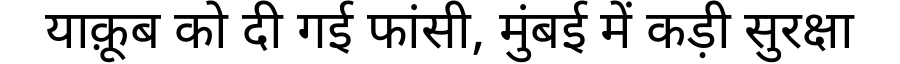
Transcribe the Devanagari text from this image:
याक़ूब को दी गई फांसी, मुंबई में कड़ी सुरक्षा